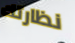
نظارتك